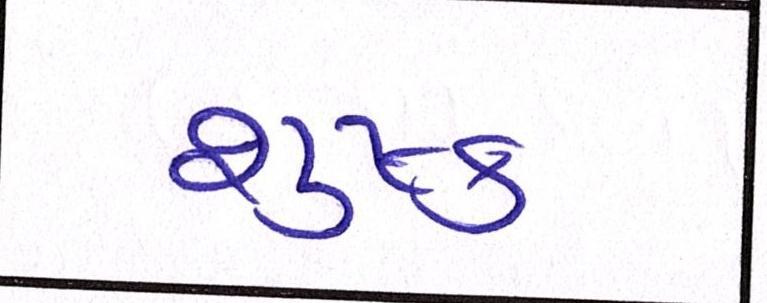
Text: શુષ્ક